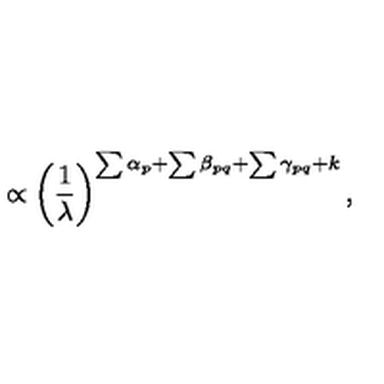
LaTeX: \propto \left( \frac { 1 } { \lambda } \right) ^ { \sum \alpha _ { p } + \sum \beta _ { p q } + \sum \gamma _ { p q } + k } ,